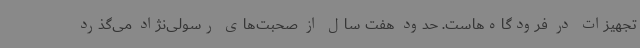
تجهیزات در فرودگاه‌هاست. حدود هفت سال از صحبت‌های رسولی‌نژاد می‌گذرد